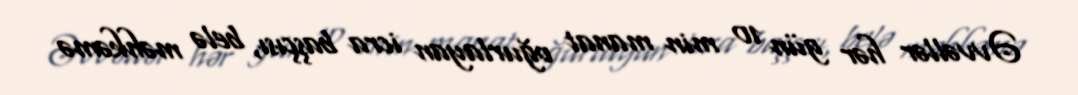
Əvvəllər hər gün 10 min manat oğurlayan icra başçısı, belə məhkəmə